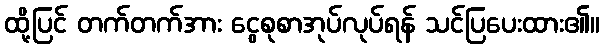
ထို့ပြင် တက်တက်အား ငွေစုစာအုပ်လုပ်ရန် သင်ပြပေးထား၏။